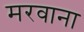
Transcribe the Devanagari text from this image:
मरवाना